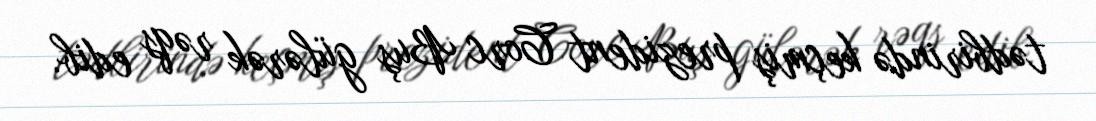
tədbirində keçmiş prezident Corc Buş gülərək rəqs edib.